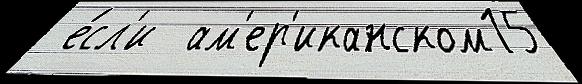
 е́сл'и  ам'ер'иканском15